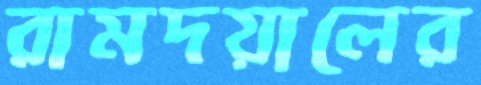
রামদয়ালের